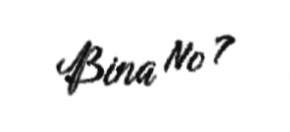
Bina № 7